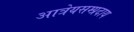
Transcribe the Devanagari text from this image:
आत्रेयसम्प्रदाय